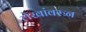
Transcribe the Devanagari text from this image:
लेखांवरुन